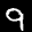
Label: 9